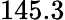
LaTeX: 145.3